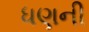
ધણની